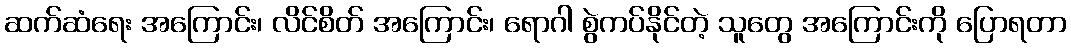
ဆက်ဆံရေး အကြောင်း၊ လိင်စိတ် အကြောင်း၊ ရောဂါ စွဲကပ်နိုင်တဲ့ သူတွေ အကြောင်းကို ပြောရတာ